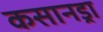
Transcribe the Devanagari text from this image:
कसानड्रा